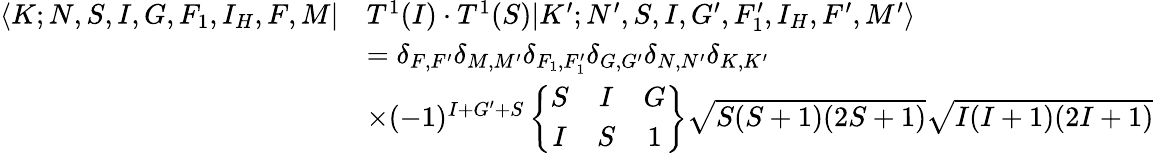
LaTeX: \begin{array}{rl}{\langle K;N,S,I,G,F_{1},I_{H},F,M|}&{T^{1}(I)\cdot T^{1}(S)|K^{\prime};N^{\prime},S,I,G^{\prime},F_{1}^{\prime},I_{H},F^{\prime},M^{\prime}\rangle}\\ &{=\delta_{F,F^{\prime}}\delta_{M,M^{\prime}}\delta_{F_{1},F_{1}^{\prime}}\delta_{G,G^{\prime}}\delta_{N,N^{\prime}}\delta_{K,K^{\prime}}}\\ &{\times(-1)^{I+G^{\prime}+S}\left\{ \begin{array}{ccc}{S}&{I}&{G}\\ {I}&{S}&{1}\end{array}\right\} \sqrt{S(S+1)(2S+1)}\sqrt{I(I+1)(2I+1)}}\end{array}